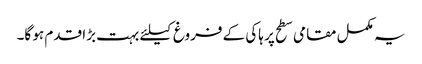
یہ مکمل مقامی سطح پر ہاکی کے فروغ کیلئے بہت بڑا قدم ہو گا۔